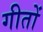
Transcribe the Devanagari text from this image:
गीतों